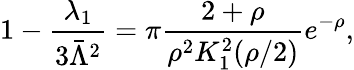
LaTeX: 1-\frac{\lambda_{1}}{3\bar{\Lambda}^{2}}=\pi\frac{2+\rho}{\rho^{2}K_{1}^{2}(\rho/2)}e^{-\rho},